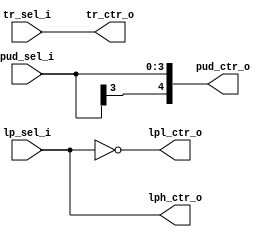
`timescale 1ns / 1ns
module analog_switch_sel(
	//pci control
	input [3:0]pud_sel_i,			//set the pull-down/up resistance of an interface
	input [2:0]tr_sel_i,			//set the terminal resistance of the interface(lvds port, terminal match always have)
	input [3:0]lp_sel_i,			//set send and receive loops
	//analog switch interface
	output [4:0]pud_ctr_o,			//pull-up/down(the third and fourth bits are lvds)
	output [2:0]tr_ctr_o,			//terminal resistance(lvds port, terminal match always have)
	output [3:0]lph_ctr_o,			//loop P
	output [3:0]lpl_ctr_o			//loop N
    );

//channel 0,1:485
//channel 2:422
//channel 3:lvds

//pull-up/down control
assign pud_ctr_o = {pud_sel_i[3],pud_sel_i}; //one bit,one channel(0:close 1:open)
//terminal resistance control
assign tr_ctr_o = tr_sel_i; //one bit,one channel(0:close 1:open)
//loop control
assign lpl_ctr_o = ~lp_sel_i; //one bit,one channel(0:close 1:open)
assign lph_ctr_o = lp_sel_i; //one bit,one channel(0:open 1:close)
endmodule